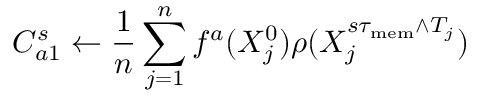
C _ { a 1 } ^ { s } \gets \frac { 1 } { n } \sum _ { j = 1 } ^ { n } f ^ { a } ( X _ { j } ^ { 0 } ) \rho ( X _ { j } ^ { s \tau _ { \mathrm { m e m } } \wedge T _ { j } } )